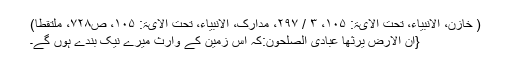
( خازن، الانبیاء، تحت الآیۃ: ۱۰۵، ۳ / ۲۹۷، مدارک، الانبیاء، تحت الآیۃ: ۱۰۵، ص۷۲۸، ملتقطاً)
{اَنَّ الْاَرْضَ یَرِثُهَا عِبَادِیَ الصّٰلِحُوْنَ:کہ اس زمین کے وارث میرے نیک بندے ہوں گے۔